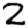
Digit: 2